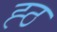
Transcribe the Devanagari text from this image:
ह्ठ